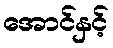
အောင်နှင့်